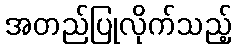
အတည်ပြုလိုက်သည့်